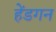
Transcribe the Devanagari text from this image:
हेंडगन